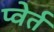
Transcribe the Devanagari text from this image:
प्वेर्त